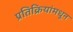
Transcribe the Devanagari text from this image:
प्रतिक्रियांमधून